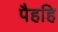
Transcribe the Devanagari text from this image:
पैहहि